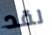
لقد